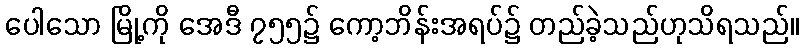
ပေါသော မြို့ကို အေဒီ ၇၅၅၌ ကော့ဘိန်းအရပ်၌ တည်ခဲ့သည်ဟုသိရသည်။